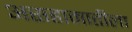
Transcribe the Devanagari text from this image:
असहामातीला